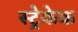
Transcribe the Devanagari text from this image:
स्ट्रेकेक